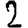
Digit: 2